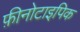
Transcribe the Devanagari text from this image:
फ़ीनोटाइपिक